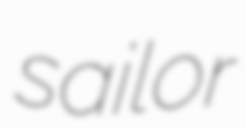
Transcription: sailor